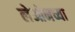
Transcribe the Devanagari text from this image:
लेओनच्या